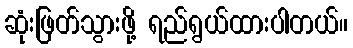
ဆုံးဖြတ်သွားဖို့ ရည်ရွယ်ထားပါတယ်။